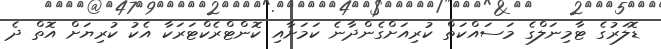
ޑޮލަރުގެ ޓާމިނަލްގެ މަސައްކަތް ކުރިއަށްގެންދާނެ ކަމަށާއި ކޮންޓްރެކްޓަރަކާ އެކު ކުރިޔަށް އޮތް ދެ